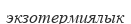
экзотермиялык